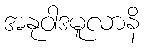
အနုဝါဒမူလာနိ